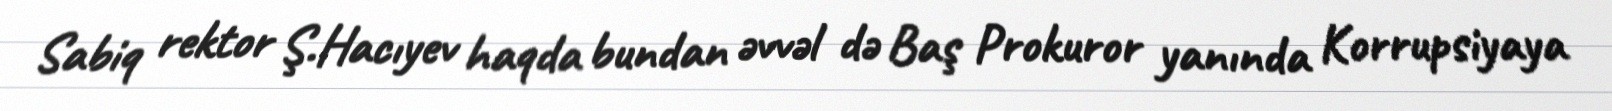
Sabiq rektor Ş.Hacıyev haqda bundan əvvəl də Baş Prokuror yanında Korrupsiyaya